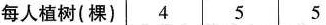
每人植树(棵) 4 5 5